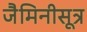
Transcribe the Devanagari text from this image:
जैमिनीसूत्र